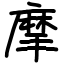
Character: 摩